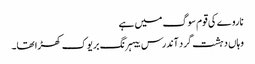
ناروے کی قوم سوگ میں ہے
وہاں دہشت گرد آندرس بیہرنگ بریوک کھڑا تھا۔